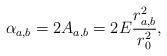
LaTeX: \begin{align*}\alpha_{a,b} = 2A_{a,b} = 2 E \frac{r_{a,b}^2}{r_{0}^2},\end{align*}